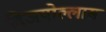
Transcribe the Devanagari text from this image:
विजयोल्लास